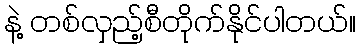
နဲ့ တစ်လှည့်စီတိုက်နိုင်ပါတယ်။